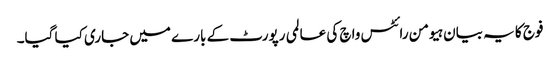
فوج کا یہ بیان ہیومن رائٹس واچ کی عالمی رپورٹ کے بارے میں جاری کیا گیا۔